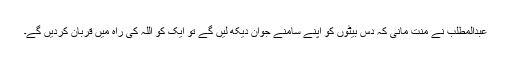
عبدالمطلب نے منت مانی کہ دس بیٹوں کو اپنے سامنے جوان دیکھ لیں گے تو ایک کو اللہ کی راہ میں قربان کردیں گے۔